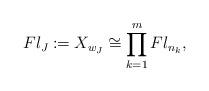
LaTeX: \begin{align*} Fl_{J} \coloneqq X_{w_J} \cong \prod_{k=1}^m Fl_{n_k},\end{align*}